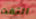
التفت